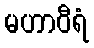
မဟာဝီရံ